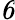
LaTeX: \mathit 6